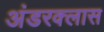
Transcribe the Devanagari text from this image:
अंडरक्लास